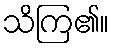
သိကြ၏။